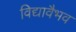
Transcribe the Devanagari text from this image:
विद्यावैभव